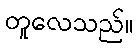
တူလေသည်။